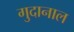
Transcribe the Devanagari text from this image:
गुदानाल